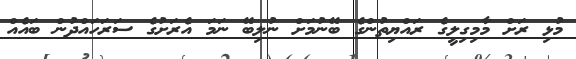
މުޅި ރަށް މާމިގިލީގެ ރައްޔިތުންގެ ބޭނުމަށް ނުލިބޭ ނަމަ އެރަށުގެ ސަރަހައްދުން ބައެއް